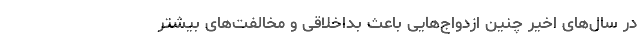
در سال‌های اخیر چنین ازدواج‌هایی باعث بداخلاقی و مخالفت‌های بیشتر